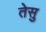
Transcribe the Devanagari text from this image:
तेसु